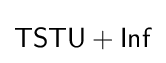
{\mathsf {TSTU+Inf}}